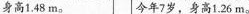
身高1.48m。 今年7岁，身高1.26m。